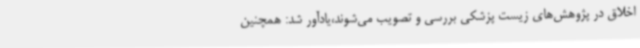
اخلاق در پژوهش‌های زیست پزشکی بررسی و تصویب می‌شوند،یادآور شد: همچنین